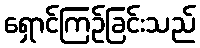
ရှောင်ကြဉ်ခြင်းသည်